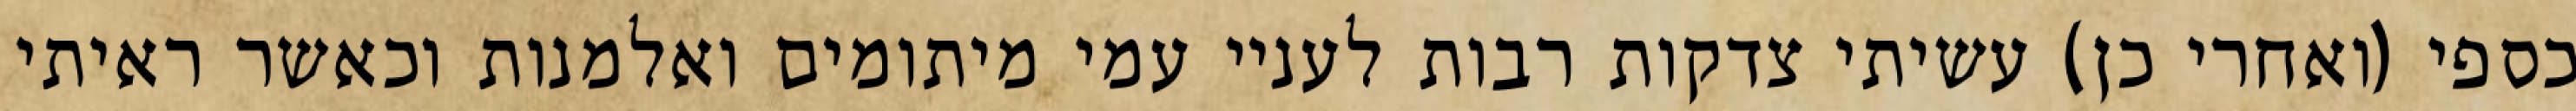
כספי (ואחרי כן) עשיתי צדקות רבות לעניי עמי מיתומים ואלמנות וכאשר ראיתי